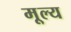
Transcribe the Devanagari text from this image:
मू्ल्य